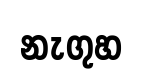
නැගුහ